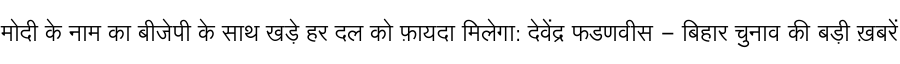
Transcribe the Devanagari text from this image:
मोदी के नाम का बीजेपी के साथ खड़े हर दल को फ़ायदा मिलेगा: देवेंद्र फडणवीस - बिहार चुनाव की बड़ी ख़बरें